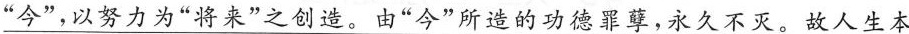
”今”，以努力为”将来”之创造。由”今”所造的功德罪孽，永久不灭。故人生本